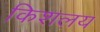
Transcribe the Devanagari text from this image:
किशलय